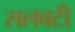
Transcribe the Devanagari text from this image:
सलवटी